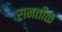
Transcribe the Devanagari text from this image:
रानतीळ